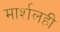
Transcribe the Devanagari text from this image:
मार्शलही